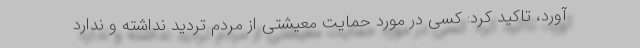
آورد، تاکید کرد: کسی در مورد حمایت معیشتی از مردم تردید نداشته و ندارد